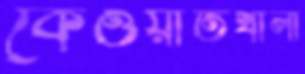
কেওয়াতখালী